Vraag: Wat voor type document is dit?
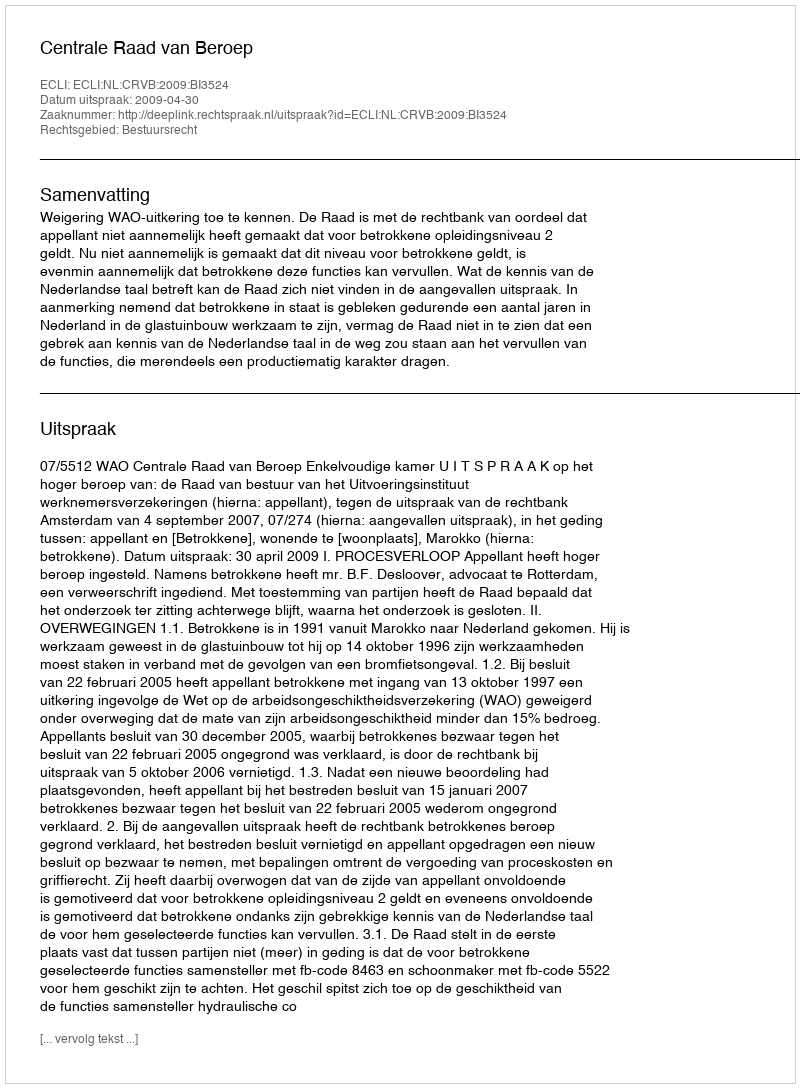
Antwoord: Uitspraak